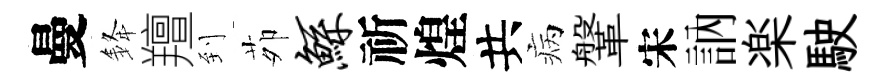
曼𨦟羶到茆鲧祈煌共病鞶宋訥楽駛